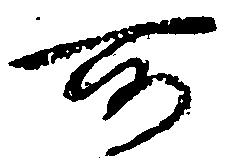
所